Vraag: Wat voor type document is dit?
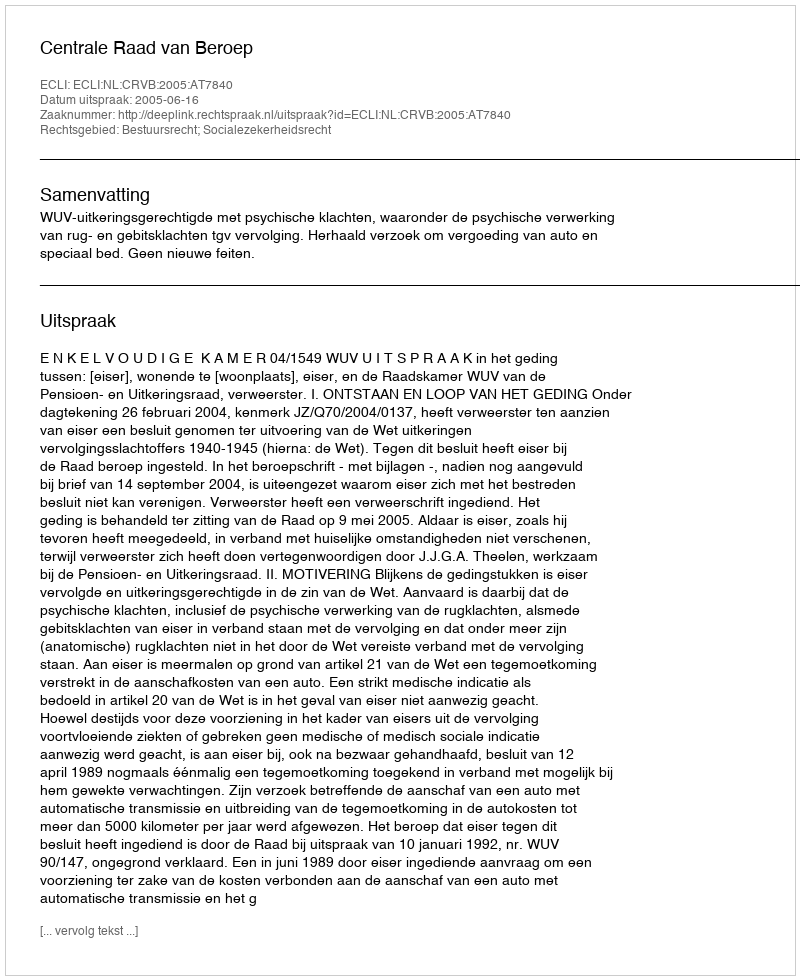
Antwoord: Uitspraak